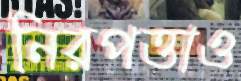
নিরপত্তাও